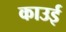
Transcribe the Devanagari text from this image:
काउई